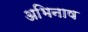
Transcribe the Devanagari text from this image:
अभिनाष